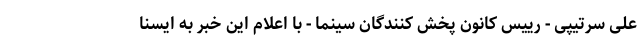
علی سرتیپی - رییس کانون پخش کنندگان سینما - با اعلام این خبر به ایسنا